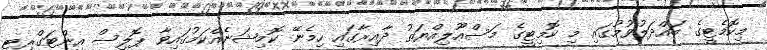
މިކޮމެޓީގެ ބައްދަލުވުމުގައި މި ކޮމިޓީގެ މަސްއޫލިއްޔަތު ދާއިރާގައި ހިމެނޭ ކޮމިޝަނެއްކަމުގައިވާ ޕޮލިސް އިންޓަގްރިޓީ